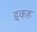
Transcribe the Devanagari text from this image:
इकह